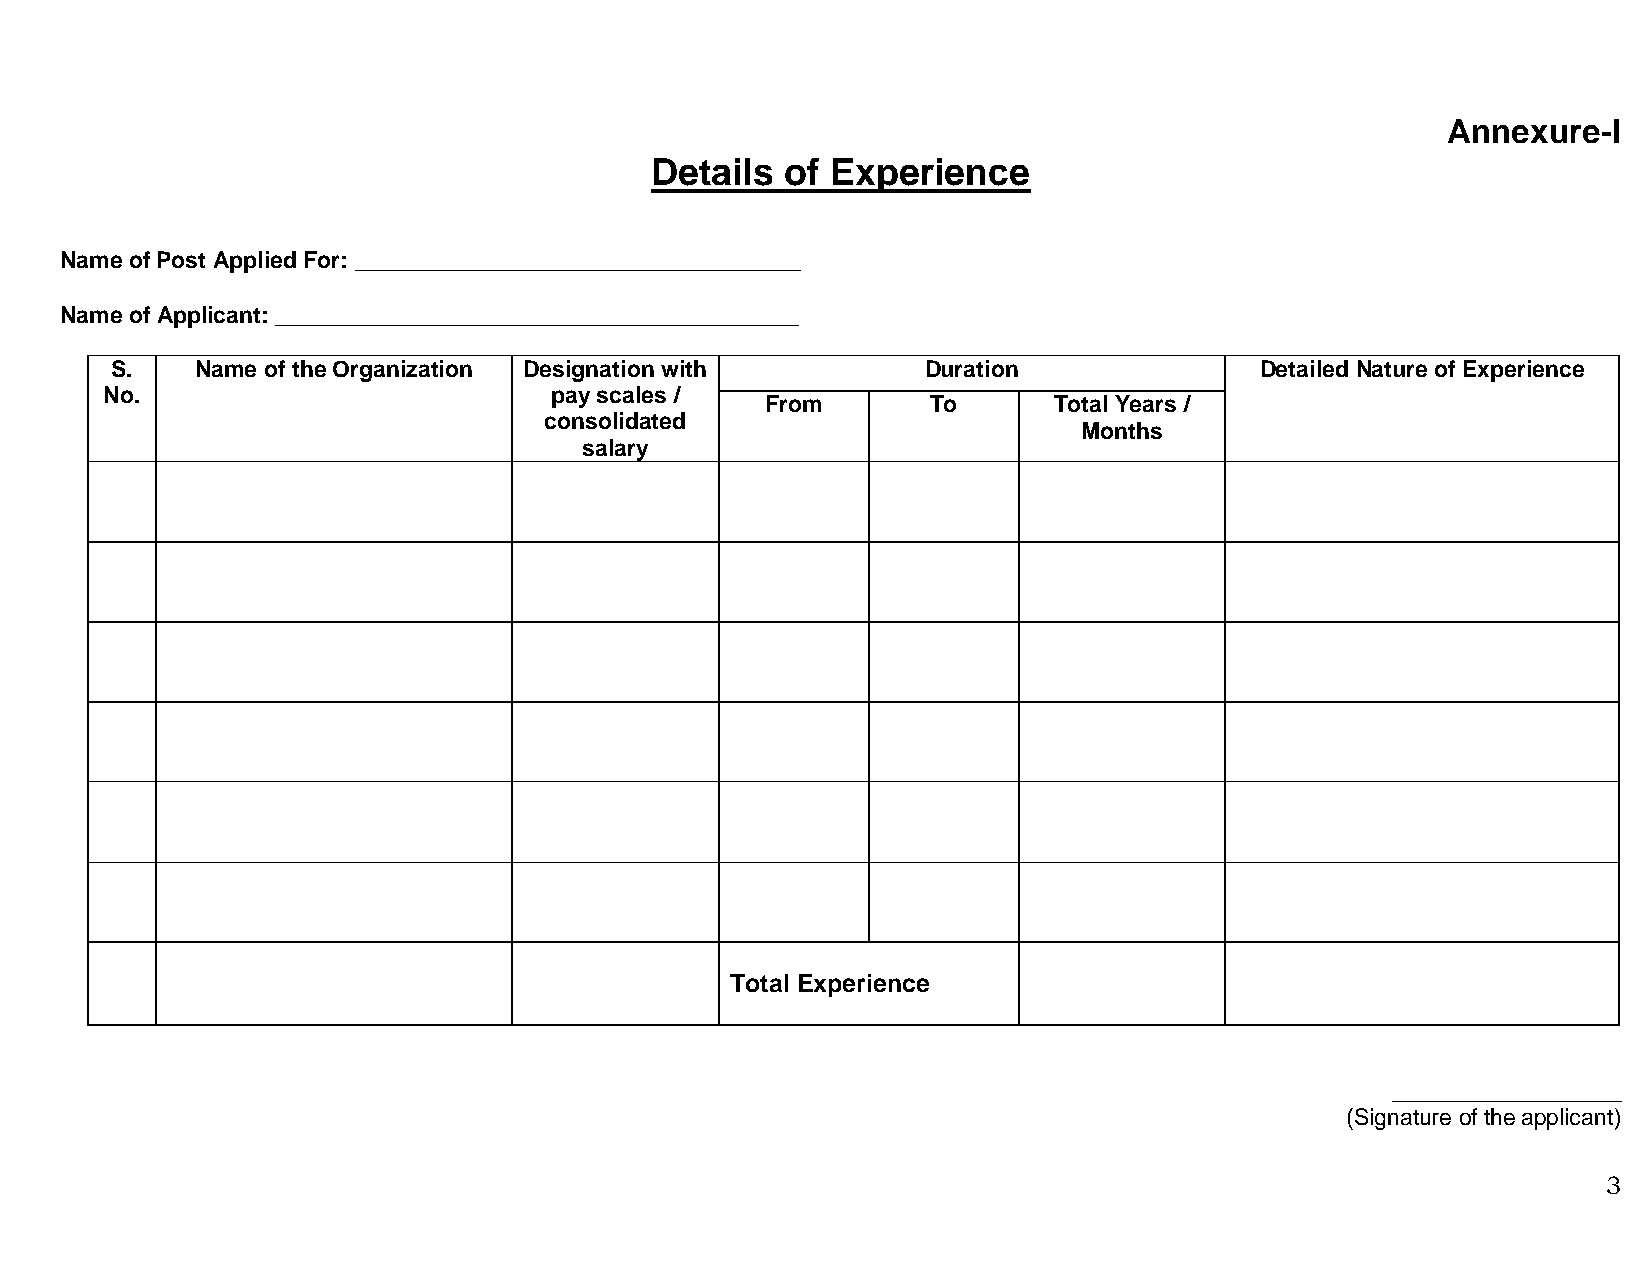
Annexure-I
 Details  of Experience
 Name of Post Applied For: ___________________________________
 Name of Applicant: _________________________________________
 S.    Name of the Organization Designation with       Duration              Detailed Nature of Experience
 No.                          pay scales /
 From       To      Total Years /
 consolidated
 Months
 salary
 Total Experience
 __________________
 (Signature of the applicant)
 3